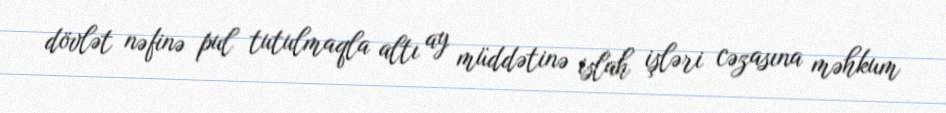
dövlət nəfinə pul tutulmaqla altı ay müddətinə islah işləri cəzasına məhkum